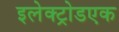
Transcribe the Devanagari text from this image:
इलेक्ट्रोडएक